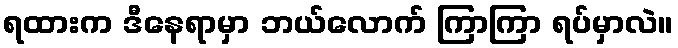
ရထားက ဒီနေရာမှာ ဘယ်လောက် ကြာကြာ ရပ်မှာလဲ။